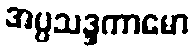
အပ္ပသဒ္ဒကာမော